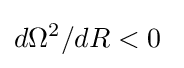
d\Omega ^{2}/dR<0\